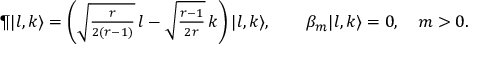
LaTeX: \P | l , k \rangle = \left( \sqrt { \textstyle { \frac { r } { 2 ( r - 1 ) } } } \, l - \sqrt { \textstyle { \frac { r - 1 } { 2 r } } } \, k \right) | l , k \rangle , \qquad \beta _ { m } | l , k \rangle = 0 , \quad m > 0 .